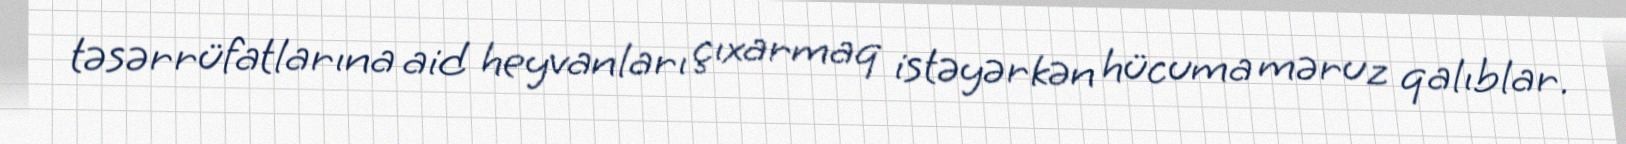
təsərrüfatlarına aid heyvanları çıxarmaq istəyərkən hücuma məruz qalıblar.